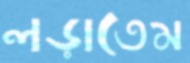
লড়াতেম